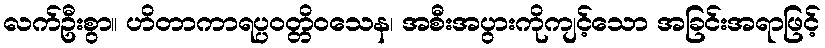
လက်ဦးစွာ။ ဟိတာကာရပ္ပဝတ္တိဝသေန၊ အစီးအပွားကိုကျင့်သော အခြင်းအရာဖြင့်